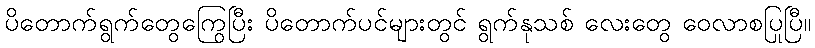
ပိတောက်ရွက်တွေကြွေပြီး ပိတောက်ပင်များတွင် ရွက်နုသစ် လေးတွေ ဝေလာစပြုပြီ။